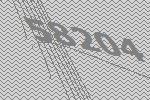
58204